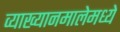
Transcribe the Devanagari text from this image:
व्याख्यानमालेमध्ये